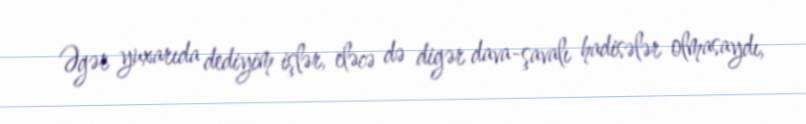
Əgər yuxarıda dediyim işlər, eləcə də digər dava-şavalı hadisələr olmasaydı,